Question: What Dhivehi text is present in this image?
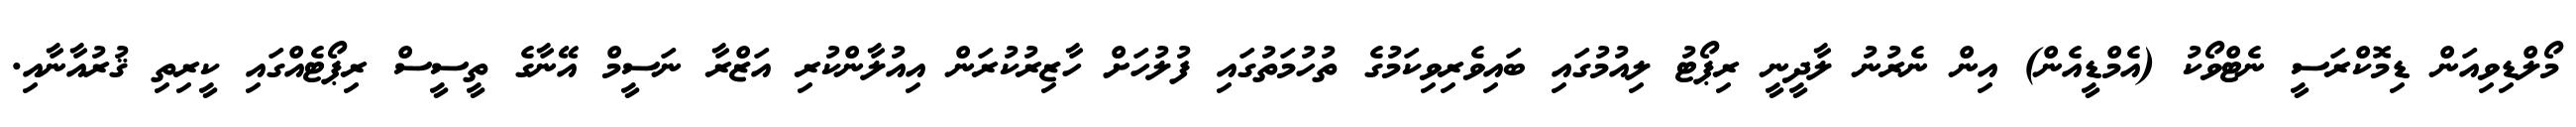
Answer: މޯލްޑިވިއަން ޑިމޮކްރަސީ ނެޓްވޯކު (އެމްޑީއެން) އިން ނެރުނު ލާދީނީ ރިޕޯޓު ލިއުމުގައި ބައިވެރިވިކަމުގެ ތުހުމަތުގައި ފުލުހަށް ހާޒިރުކުރަން އިއުލާންކުރި އަޒްރާ ނަސީމް އޭނާގެ ތީސީސް ރިޕޯޓެއްގައި ކީރިތި ޤުރުއާނާއި.